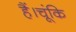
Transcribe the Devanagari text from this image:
हैं।चूंकि